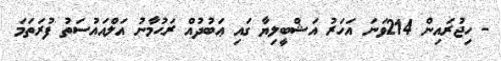
- ހިޖުރައިން 214ވަނަ އަހަރު އަޝްބީލިޔާ ގައި ޢަބުދުއް ރަޙުމާނު އަލްއައުސަތު ފުރަތަމަ